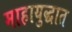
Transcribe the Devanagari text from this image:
माहायुद्धात